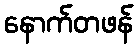
နောက်တဖန်